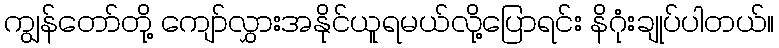
ကျွန်တော်တို့ ကျော်လွှားအနိုင်ယူရမယ်လို့ပြောရင်း နိဂုံးချုပ်ပါတယ်။